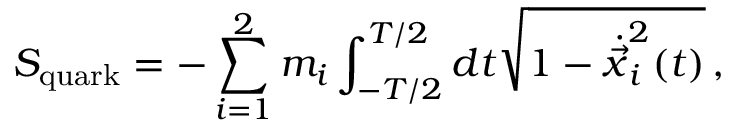
S _ { \mathrm { q u a r k } } = - \sum _ { i = 1 } ^ { 2 } m _ { i } \int _ { - T / 2 } ^ { T / 2 } d t \sqrt { 1 - \dot { \vec { x } } _ { i } ^ { 2 } ( t ) } \, ,